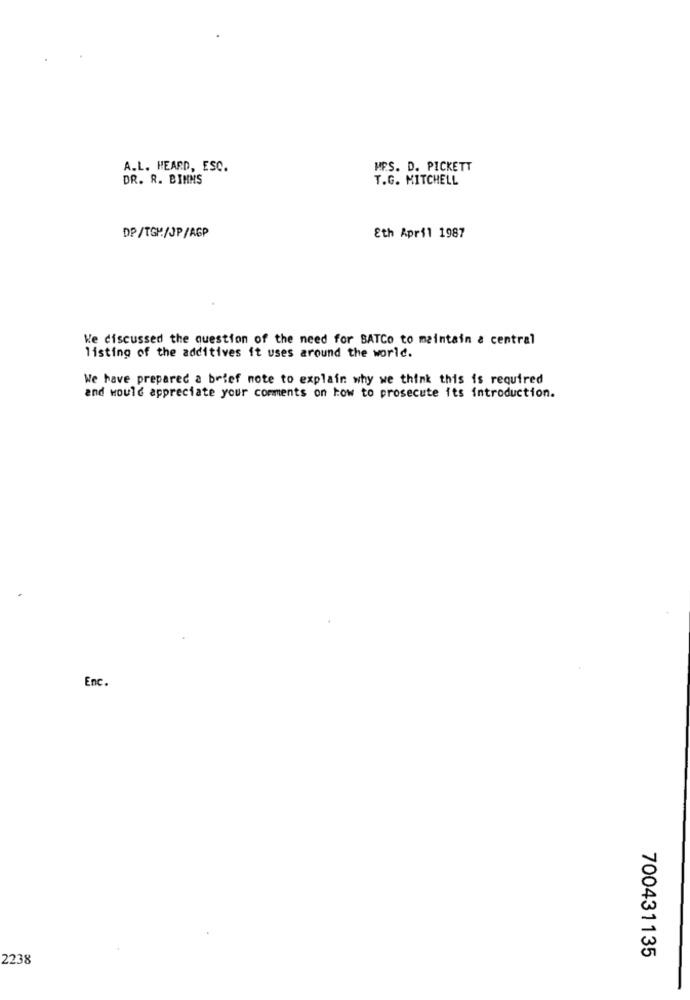
A.L. HEARD, ESC.
MPS. D. PICKETT
DR. R. BINNS
T.G. MITCHELL
DP/TGM/JP/AGP
&th April 1987
We discussed the question of the need for BATCo to maintain a central
listing of the additives it uses around the world.
We have prepared a brief note to explain why we think this is required
and would appreciate your comments on how to prosecute its introduction.
Enc.
2238
700431135